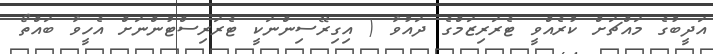
އަދީބުގެ މައްޗަށް ކުރެއްވީ ޓެރަރިޒަމްގެ ދައުވާ ( އިގިރޭސިންނަކީ ޓެރަރިސްޓުންނަށް އެހީވާ ބައްތޯ